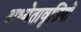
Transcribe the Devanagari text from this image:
अध्येतावृत्तियों